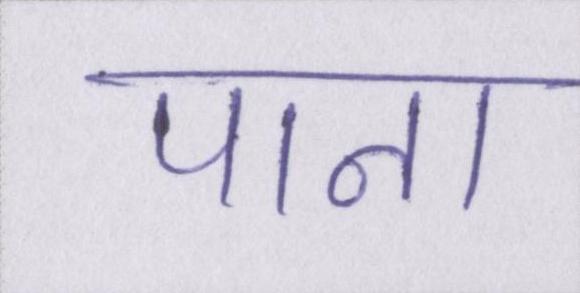
पाना